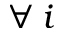
\forall \: i